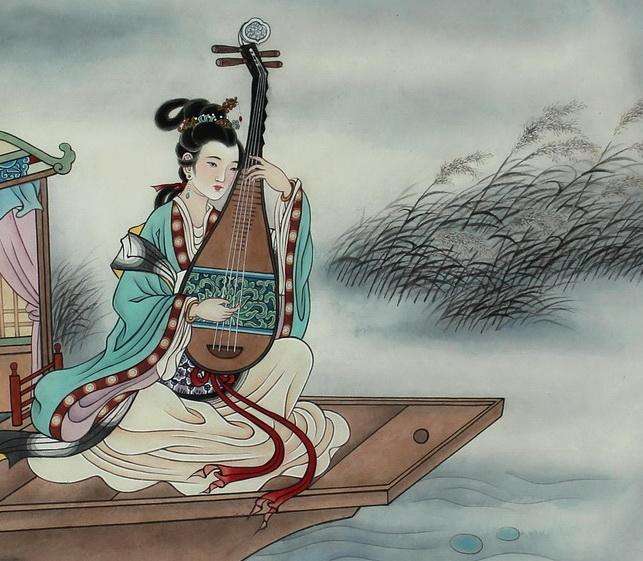
千呼万唤始出来，犹抱琵琶半遮面。